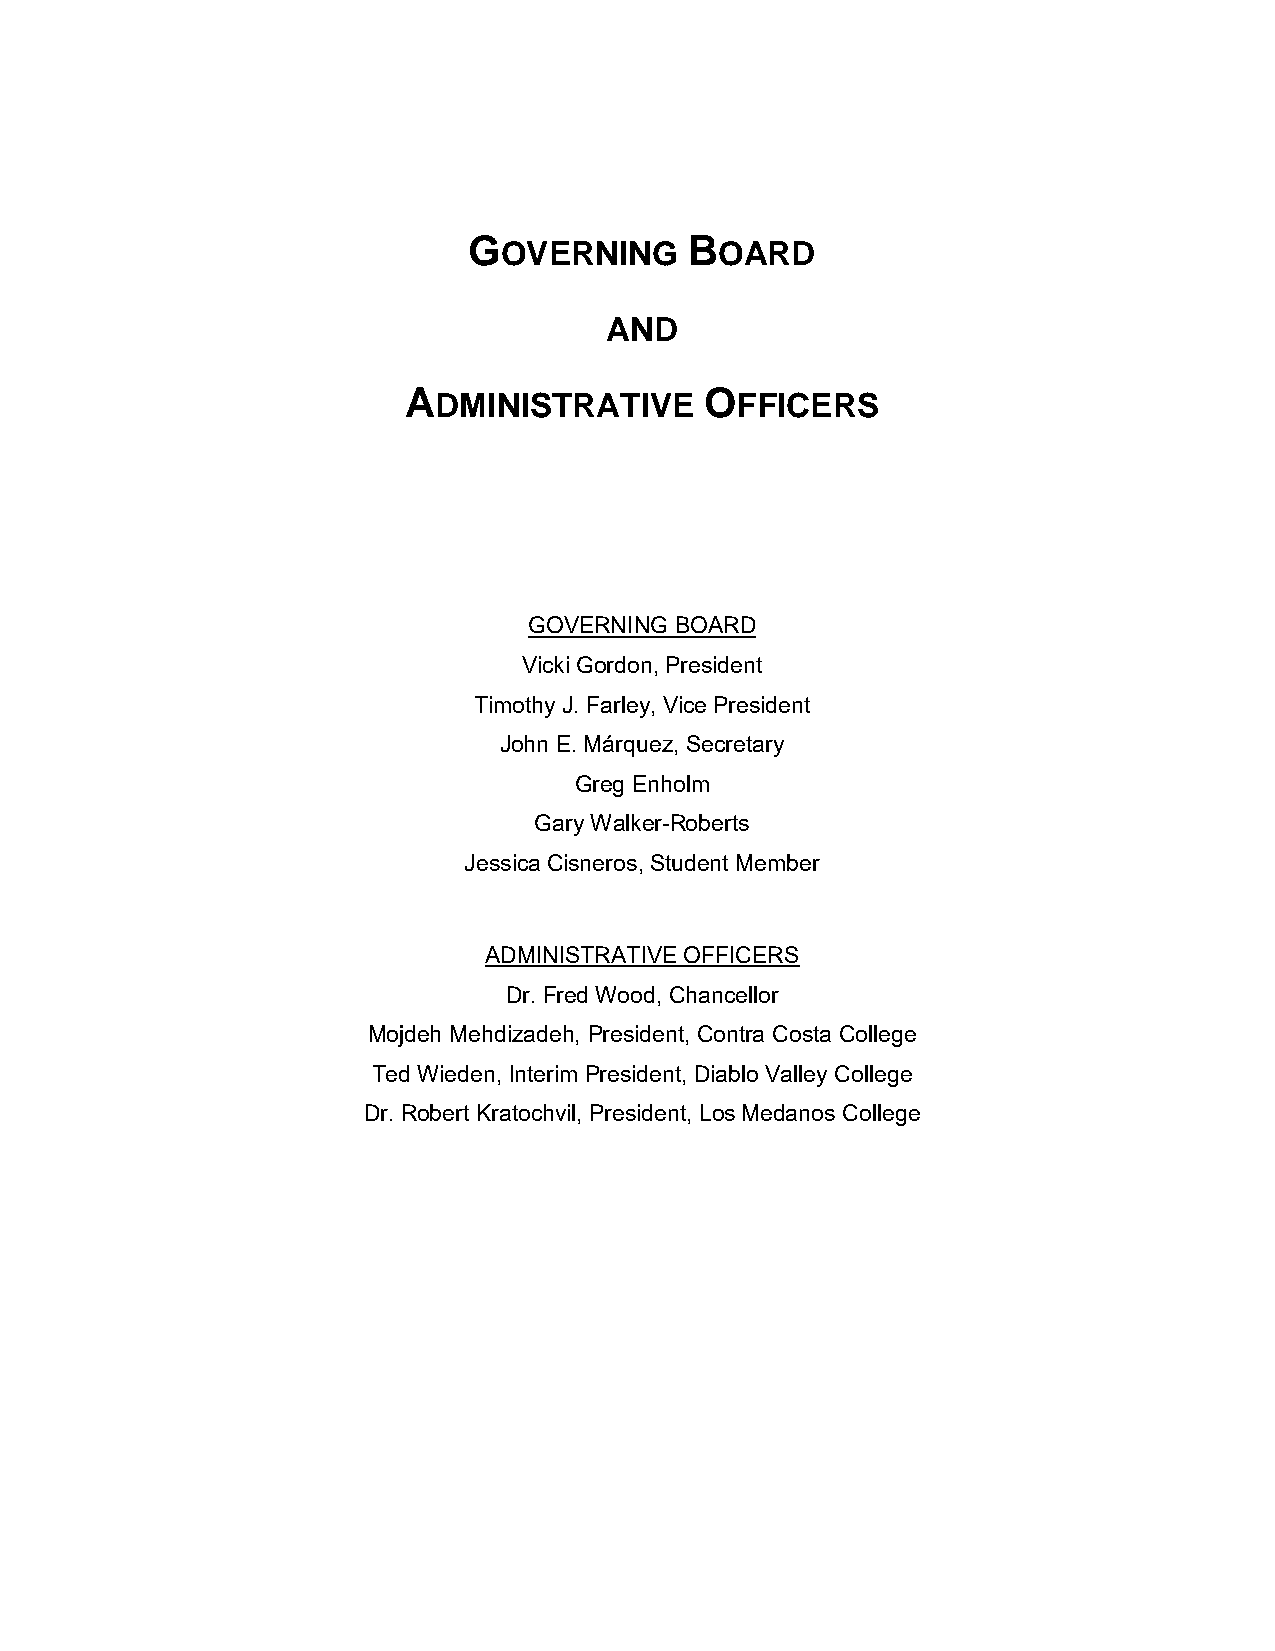
GOVERNING      BOARD
 AND
 ADMINISTRATIVE      OFFICERS
 GOVERNING BOARD
 Vicki Gordon, President
 Timothy J. Farley, Vice President
 John E. Márquez, Secretary
 Greg Enholm
 Gary Walker-Roberts
 Jessica Cisneros, Student Member
 ADMINISTRATIVE OFFICERS
 Dr. Fred Wood, Chancellor
 Mojdeh Mehdizadeh, President, Contra Costa College
 Ted Wieden, Interim President, Diablo Valley College
 Dr. Robert Kratochvil, President, Los Medanos College